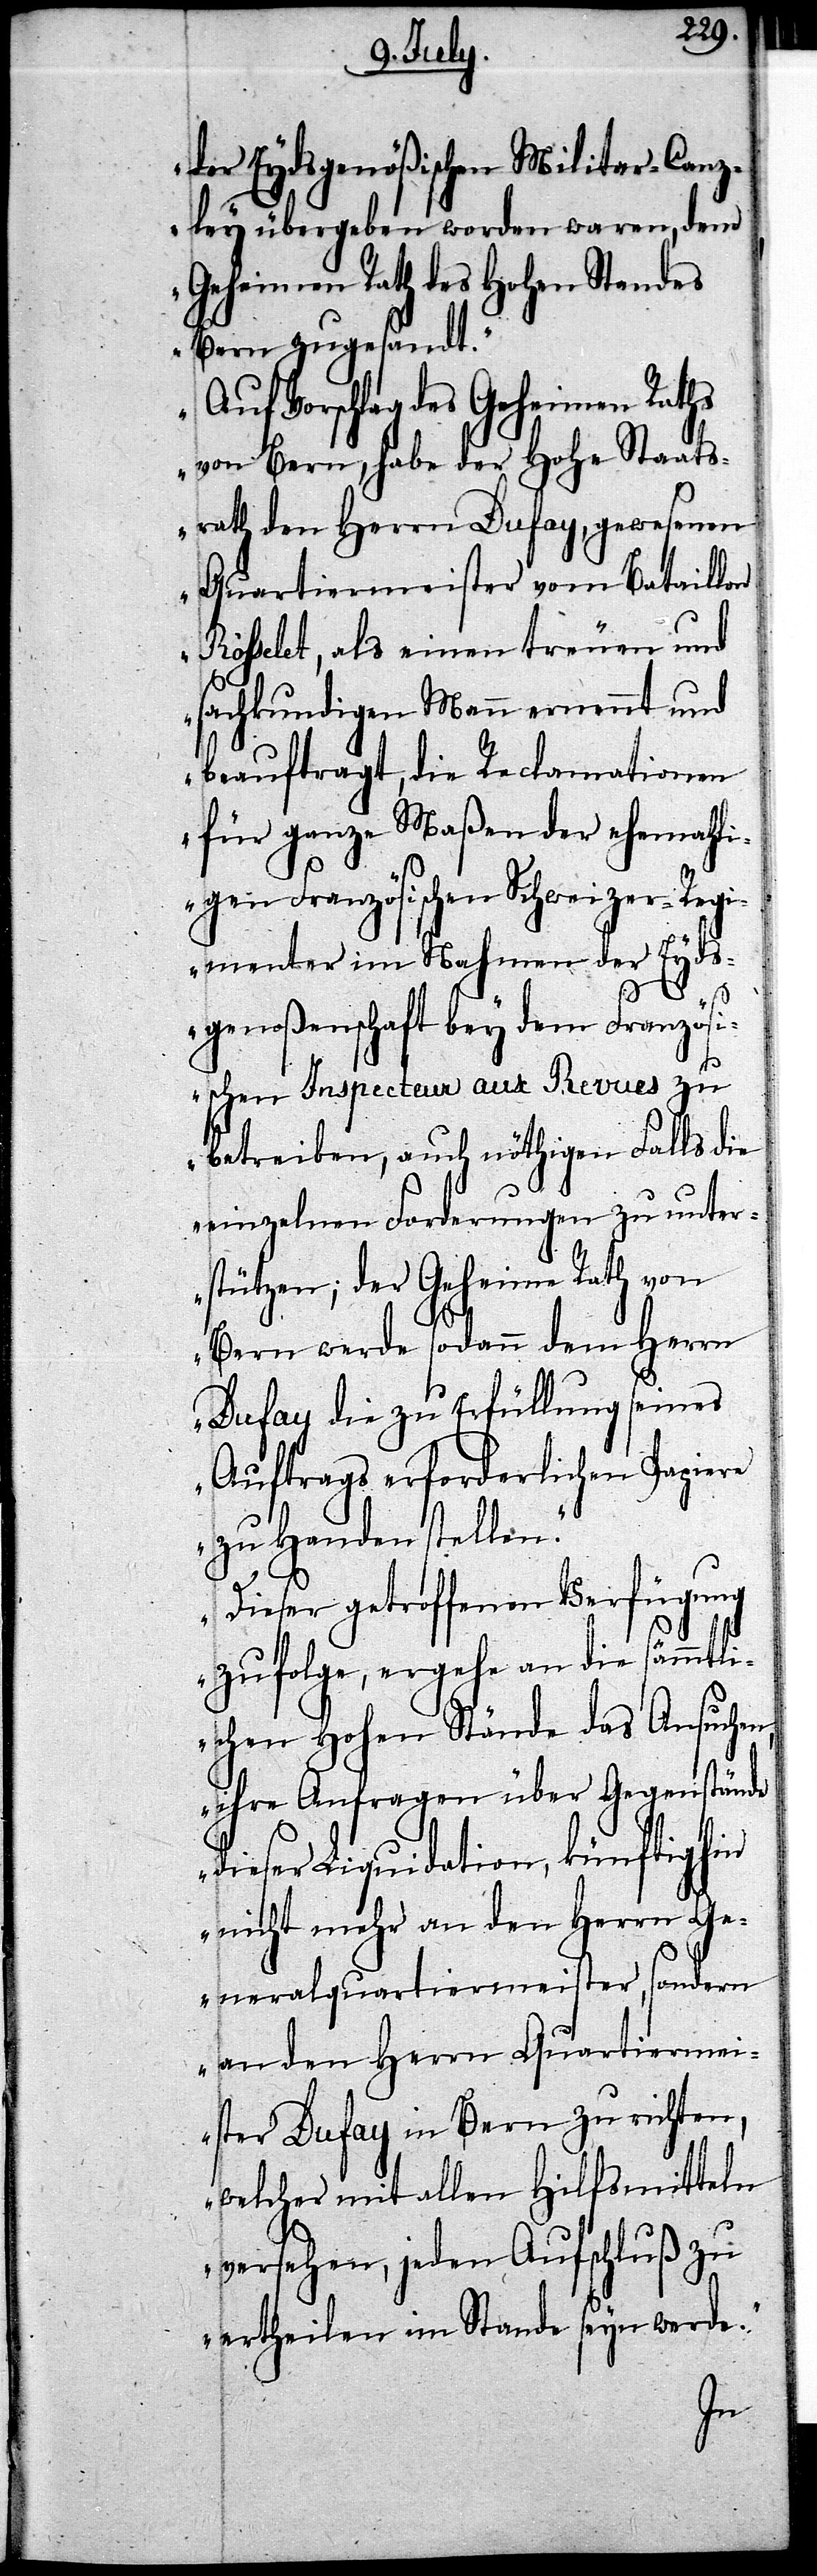
der Eydsgenößischen Militar-Canz¬
ley übergeben worden waren, dem
Geheimen Rath des Hohen Standes
Bern zugesandt.“
„Auf Vorschlag des Geheimen Raths
vor Bern, habe der Hohe Staats¬
rath den Herrn Dufay, gewesenen
Quartiermeister vom Bataillon
Rôsselet, als einen treuen und
sachkundigen Mann ernennt und
beauftragt, die Reclamationen
für ganze Maßen der ehemahli¬
gen Französischen Schweizer-Regi¬
menter im Nahmen der Eydsg¬
enöß¬
ischen Inspecteur aux Revues zu
betreiben, auch nöthigen Falls die
einzelnen Forderungen zu unter¬
stützen; der Geheime Rath von
Bern werde sodann dem Herrn
Dufay die zu Erfüllung seines
Auftrags erforderlichen Papiere
zu Handen stellen.“
„Dieser getroffenen Verfügung
zufolge, ergehe an die sämmtli¬
chen Hohen Stände das Ansuchen,
ihre Anfragen über Gegenstände
dieser Liquidation, künftighin
nicht mehr an den Herrn Ge¬
neralquartiermeister, sondern
an den Herrn Quartiermei¬
ster Dufay in Bern zu richten,
welcher mit allen Hilfsmittel
versehen, jeden Aufschluß zu
ertheilen im Stande seyn werde.“